Civil Veterinary Department. Madras. Admin. report 1910-25 - 1910-1925
Year: 1910
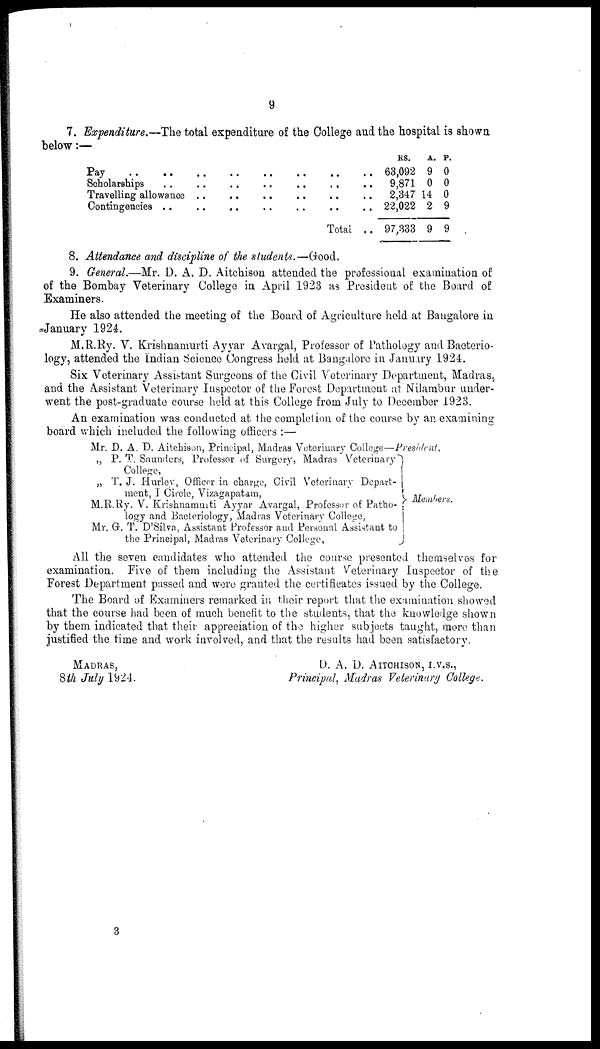
9
7. Expenditure.—The total expenditure of the College and the hospital is shown
below:—
Pay
..
..
..
..
....
..
Scholarships
..
..
..
....
..
Travelling allowance
..
..
....
..
Contingencies ..
.. .. .... ..
Total
RS.
63,092
9,871
2,347
22,022
97,333
A.
9
0
14
2
9
P.
0
0
0
9
9
8. Attendance and discipline of the students.—Good.
9. General.—Mr. D. A. D. Aitchison attended the professional examination of
of the Bombay Veterinary College in April 1923 as President of the Board of
Examiners.
He also attended the meeting of the Board of Agriculture hold at Bangalore in
January 1924.
M.R.Ry. V. Krishnamurti Ayyar Avargal, Professor of Pathology and Bacterio-
logy, attended the Indian Science Congress held at Bangalore in January 1924.
Six Veterinary Assistant Surgeons of the Civil Veterinary Department, Madras,
and the Assistant Veterinary Inspector of the Forest Department at Nilambur under-
went the post-graduate course held at this College from July to December 1923.
An examination was conducted at the completion of the course by an examining
board which included the following officers:—
Mr. D. A. D. Aitchison, Principal, Madras Veterinary College—President.
„ P. T. Saunders, Professor of Surgery, Madras Veterinary
College,
„ T. J. Hurloy, Officer in charge, Civil Veterinary Depart-
ment, I Circle, Vizagapatam,
M.R.Ry. V. Krishnamuiti Ayyar Avargal, Professor of Patho-
logy and Bacteriology, Madras Veterinary College,
Mr. G. T. D'Silva, Assistant Professor and Personal Assistant to
the Principal, Madras Veterinary College,
Members.
All the seven candidates who attended the course presented themselves for
examination. Five of them including the Assistant Veterinary Inspector of the
Forest Department passed and were granted the certificates issued by the College.
The Board of Examiners remarked in their report that the examination showed
that the course had been of much benefit to the students, that the knowledge shown
by them indicated that their appreciation of the higher subjects taught, more than
justified the time and work involved, and that the results had been satisfactory.
MADRAS,
8th July 1924.
D. A, D. AITCHISON, I.V.S.,
Principal, Madras Veterinary College.